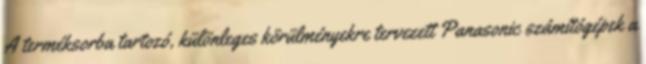
A terméksorba tartozó, különleges körülményekre tervezett Panasonic számítógépek a